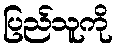
ပြည်သူကို